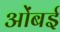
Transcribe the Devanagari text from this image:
ओंबई